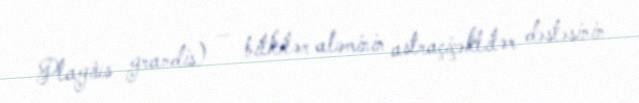
Plagius grandis) — bitkilər aləminin astraçiçəklilər dəstəsinin